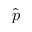
\hat { p }